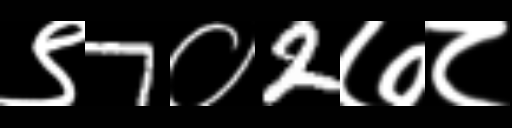
Text: ९7०2७८